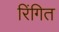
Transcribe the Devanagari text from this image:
रिंगित